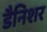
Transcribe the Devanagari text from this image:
डैनिशर